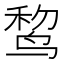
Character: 𱊃